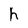
Character: h